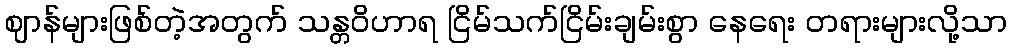
ဈာန်များဖြစ်တဲ့အတွက် သန္တဝိဟာရ ငြိမ်သက်ငြိမ်းချမ်းစွာ နေရေး တရားများလို့သာ